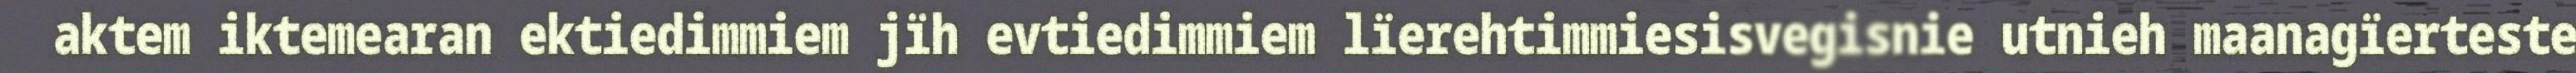
aktem iktemearan ektiedimmiem jïh evtiedimmiem lïerehtimmiesisvegisnie utnieh maanagïerteste